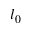
l _ { 0 }